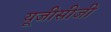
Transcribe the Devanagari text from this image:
यूजीसीजी